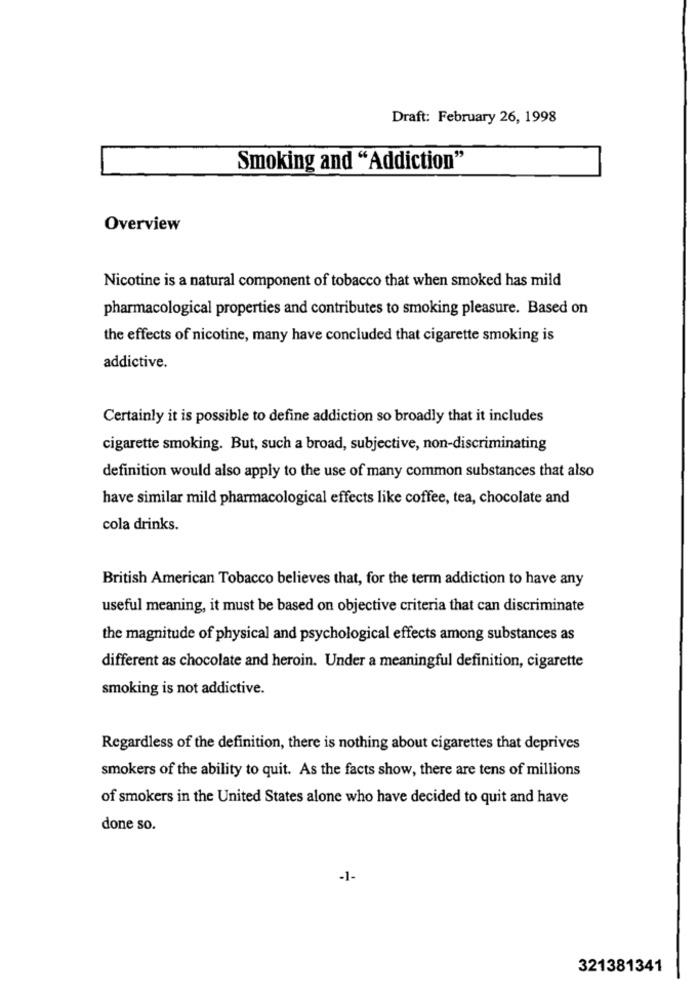
Draft: February 26, 1998
Smoking and "Addiction"
Overview
Nicotine is a natural component of tobacco that when smoked has mild
pharmacological properties and contributes to smoking pleasure. Based on
the effects of nicotine, many have concluded that cigarette smoking is
addictive.
Certainly it is possible to define addiction so broadly that it includes
cigarette smoking. But, such a broad, subjective, non-discriminating
definition would also apply to the use of many common substances that also
have similar mild pharmacological effects like coffee, tea, chocolate and
cola drinks.
British American Tobacco believes that, for the term addiction to have any
useful meaning, it must be based on objective criteria that can discriminate
the magnitude of physical and psychological effects among substances as
different as chocolate and heroin. Under a meaningful definition, cigarette
smoking is not addictive.
Regardless of the definition, there is nothing about cigarettes that deprives
smokers of the ability to quit. As the facts show, there are tens of millions
of smokers in the United States alone who have decided to quit and have
done so.
-1-
321381341